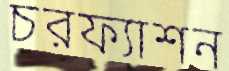
চরফ্যাশন